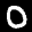
Label: 0